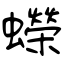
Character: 蠑